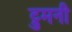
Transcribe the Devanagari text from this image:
ट्रुमनी